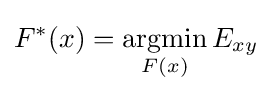
F^{*}(x)={\underset {F(x)}{\operatorname {argmin} }}\,E_{xy}